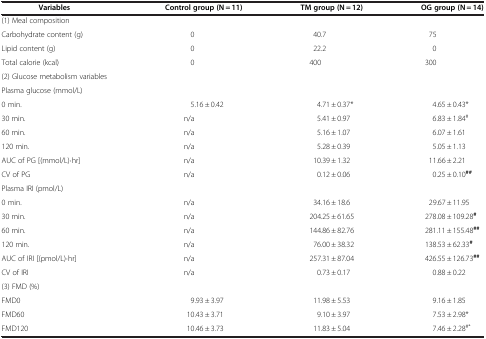
| Variables | Control group (N = 11) | TM group (N = 12) | OG group (N = 14) |
 | --- | --- | --- | --- |
 | (1) Meal composition |  |  |  |
 | Carbohydrate content (g) | 0 | 40.7 | 75 |
 | Lipid content (g) | 0 | 22.2 | 0 |
 | Total calorie (kcal) | 0 | 400 | 300 |
 | (2) Glucose metabolism variables |  |  |  |
 | Plasma glucose (mmol/L) |  |  |  |
 | 0 min. | 5.16 ± 0.42 | 4.71 ± 0.37* | 4.65 ± 0.43* |
 | 30 min. | n/a | 5.41 ± 0.97 | 6.83 ± 1.84# |
 | 60 min. | n/a | 5.16 ± 1.07 | 6.07 ± 1.61 |
 | 120 min. | n/a | 5.28 ± 0.39 | 5.05 ± 1.13 |
 | AUC of PG [(mmol/L)·hr] | n/a | 10.39 ± 1.32 | 11.66 ± 2.21 |
 | CV of PG | n/a | 0.12 ± 0.06 | 0.25 ± 0.10## |
 | Plasma IRI (pmol/L) |  |  |  |
 | 0 min. | n/a | 34.16 ± 18.6 | 29.67 ± 11.95 |
 | 30 min. | n/a | 204.25 ± 61.65 | 278.08 ± 109.28# |
 | 60 min. | n/a | 144.86 ± 82.76 | 281.11 ± 155.48## |
 | 120 min. | n/a | 76.00 ± 38.32 | 138.53 ± 62.33# |
 | AUC of IRI [(pmol/L)·hr] | n/a | 257.31 ± 87.04 | 426.55 ± 126.73## |
 | CV of IRI | n/a | 0.73 ± 0.17 | 0.88 ± 0.22 |
 | (3) FMD (%) |  |  |  |
 | FMD0 | 9.93 ± 3.97 | 11.98 ± 5.53 | 9.16 ± 1.85 |
 | FMD60 | 10.43 ± 3.71 | 9.10 ± 3.97 | 7.53 ± 2.98* |
 | FMD120 | 10.46 ± 3.73 | 11.83 ± 5.04 | 7.46 ± 2.28#* |